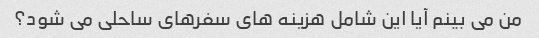
من می بینم آیا این شامل هزینه های سفرهای ساحلی می شود؟